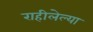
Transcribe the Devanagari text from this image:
राहीलेल्या